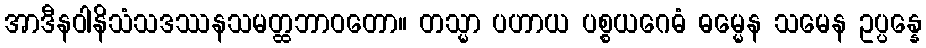
အာဒီနဝါနိသံသဒဿနသမတ္ထဘာဝတော။ တသ္မာ ပဟာယ ပစ္စယဂေဓံ ဓမ္မေန သမေန ဥပ္ပန္နေ